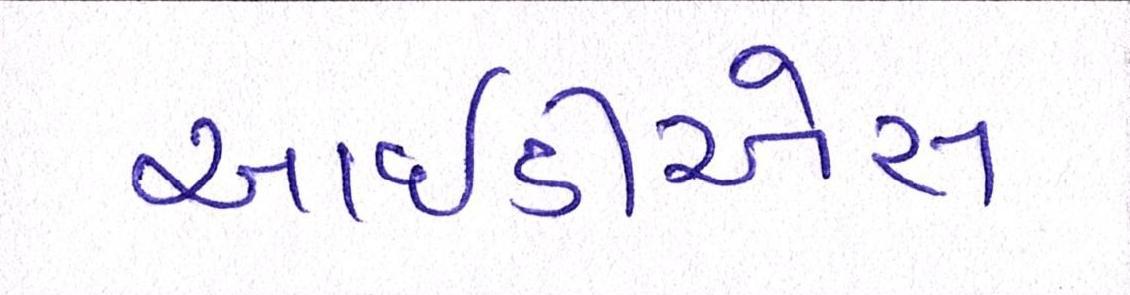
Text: આઈડીએસ